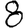
Digit: 8